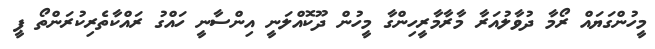
މީހުންގަޔައް ރޯމާ ދުވާލުއަރާ މާރާމާރީހިންގާ މީހުން ދޫކޮއްލަނީ އިންސާނީ ހައްގު ރައްކާތެރިކުރަންތޯ ޕީ